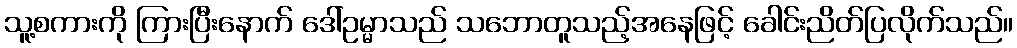
သူ့စကားကို ကြားပြီးနောက် ဒေါ်ဥမ္မာသည် သဘောတူသည့်အနေဖြင့် ခေါင်းညိတ်ပြလိုက်သည်။